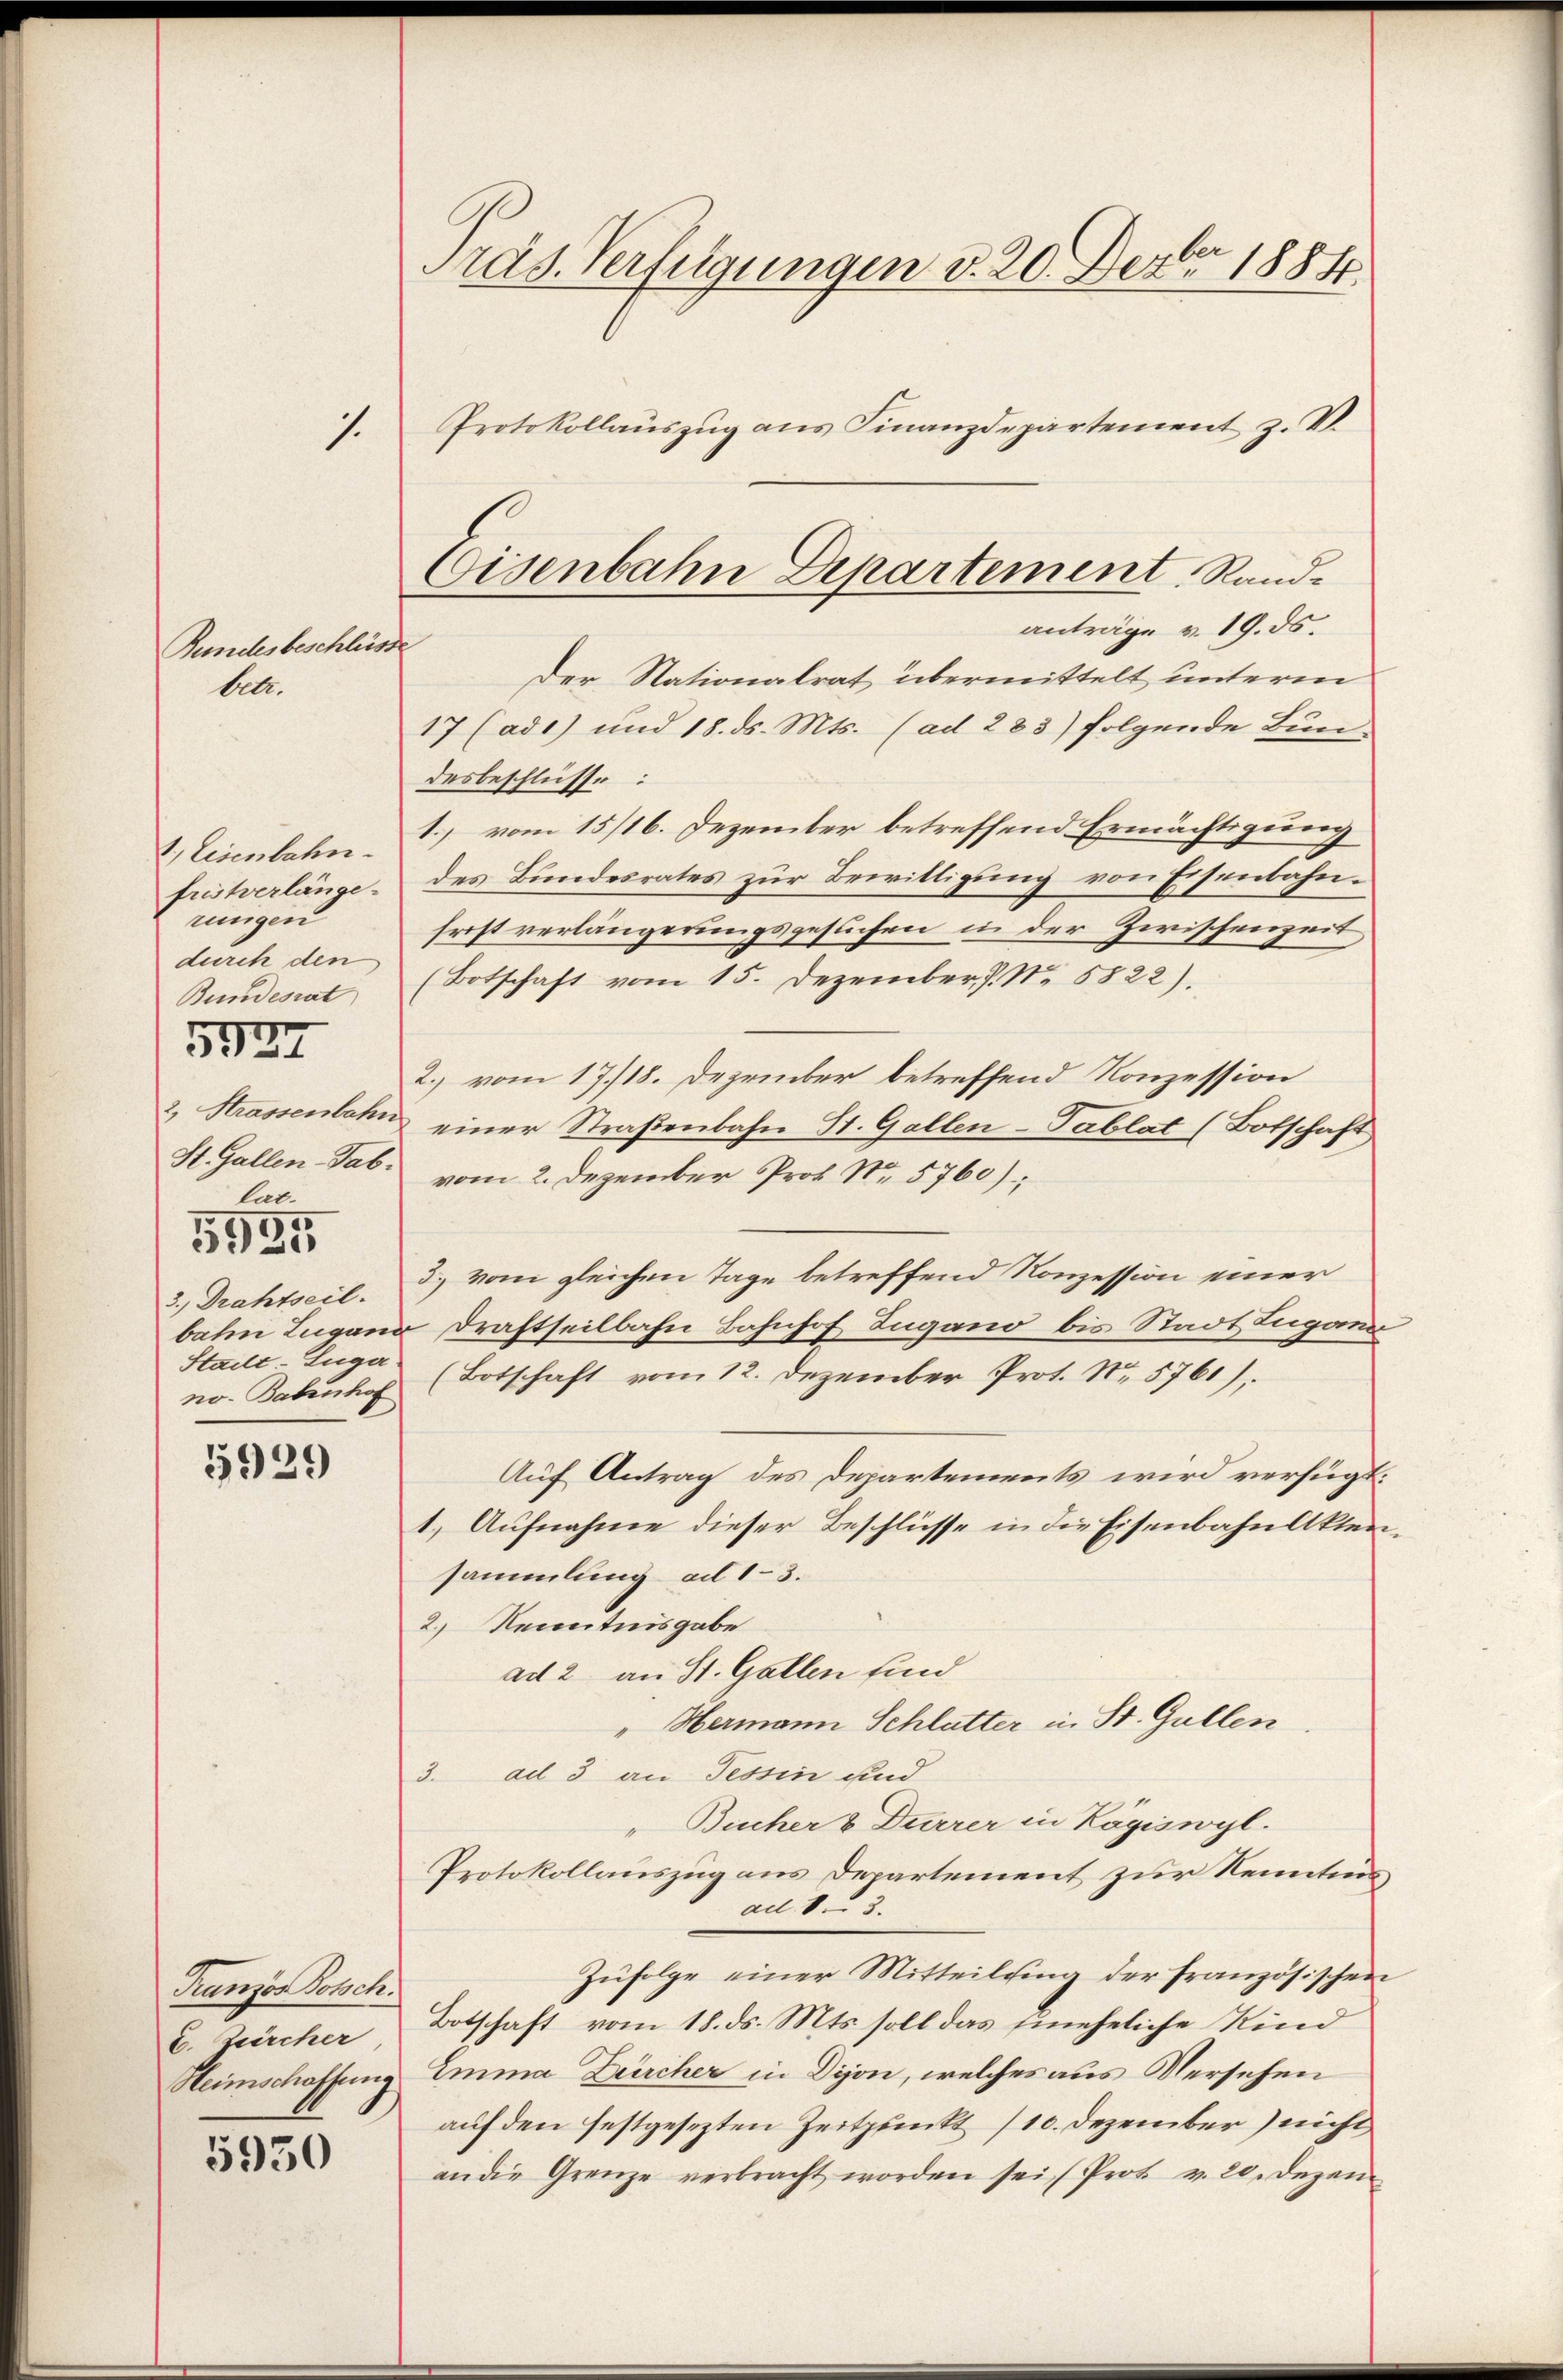
Bundesbeschlie
betr.

1. Eisenbahn.
frtverlänge-
rungen
durch den
Bundesrat
2. Strassenbahn
lat.
5
5921
3.) Drahtseil.
Stadt Luga
no- Babenhof

5924

5929

5930

1.

Präs. Verfügungen v. 20. Dezbr 1884.
Protokollauszug aus Finanzdepartement z. B.

Der Nationalrat übermittelt unterm
17 (ad1) und 18. ds. Mts. (ad 283) folgende Bundesbeschlüsse:
1.) vom 15/16. Dezember betreffend Ermächtigung
des Bundesrates zur Bewilligung von Eisenbahnfrist verlängerungsgesuchen in der Zwischenzeit
(Botschaft vom 15. Dezember J. No. 5822).
2.) vom 17/18. Dezember betreffend Konzession
einer Straßenbahn St. Gallen-Tablat (Botschaft
St. Gallen Tal. vom 2. Dezember Prof. No. 5760);
d.) vom gleichen Tage betreffend Konzession einer
bahn Lugand Draftseilbahn Bahnhof Ingano bis Stadt Lugan
(Botschaft vom 12. Dezember Prot. No. 5761),
Auf Antrag des Departements wird verfügt.
1) Aufnahme dieser Beschlüsse in die Eisenbahn Akten
sammlung ad 13.
2.) Kenntnisgabe
ad 2 an St. Gallen sind
" Hermann Schlatter in St. Gallen
3. ad 3 an Tessin und
" Bücher & Durrer in Zögiswyl.
Protokollauszug aus Departement zur Kenntnisad 83.
Zŭfolge einer Mitteilung der französischen
Botschaft vom 18. ds. Mts. soll das Eineheliche Kind
Heimschaffung Emma Zürcher in Dijon, welches aus Versehen
auf den festgesezten Zeitpunkt (10. Dezember) nicht
an die Grenze verbracht worden sei (Prot v. 20. Dezem

Franzos Botsch.
E. Zürcher

Eisenbahn Departement Randanträge v. 19. ds.
t